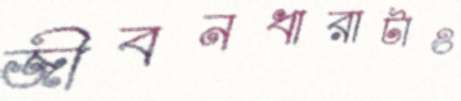
জীবনধারাটাও